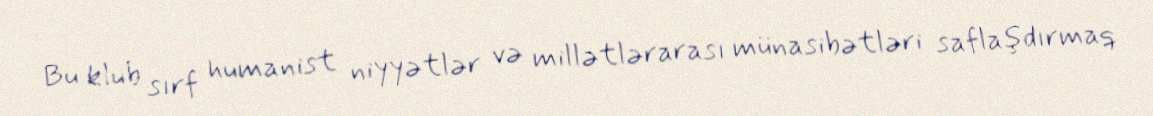
Bu klub sırf humanist niyyətlər və millətlərarası münasibətləri saflaşdırmaq